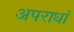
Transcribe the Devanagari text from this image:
अपराधां